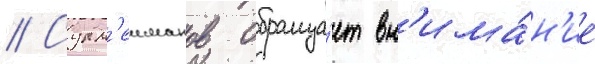
// Сулм'еиманов обраща́ет вн'има́н'ие